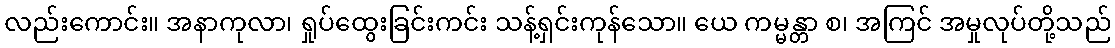
လည်းကောင်း။ အနာကုလာ၊ ရှုပ်ထွေးခြင်းကင်း သန့်ရှင်းကုန်သော။ ယေ ကမ္မန္တာ စ၊ အကြင် အမှုလုပ်တို့သည်